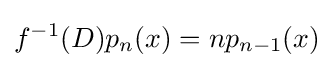
f^{-1}(D)p_{n}(x)=np_{n-1}(x)